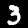
Label: 3